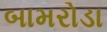
બામરોડા